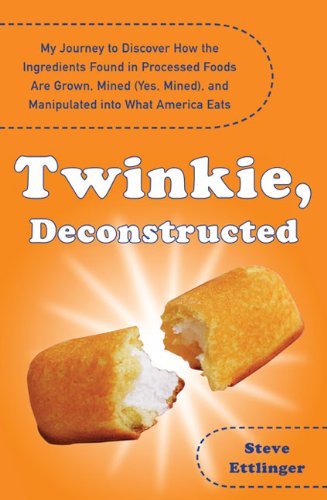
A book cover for Twinkie, Deconstructed: My Journey to Discover How the Ingredients Found in Processed Foods Are Grown, M ined (Yes, Mined), and Manipulated into What America Eats; Steve Ettlinger; Health, Fitness & Dieting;